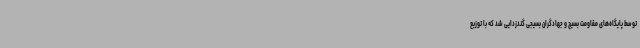
توسط پایگاه‌های مقاومت بسیج و جهادگران بسیجی گندزدایی شد که با توزیع